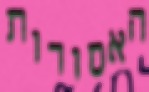
האסורות